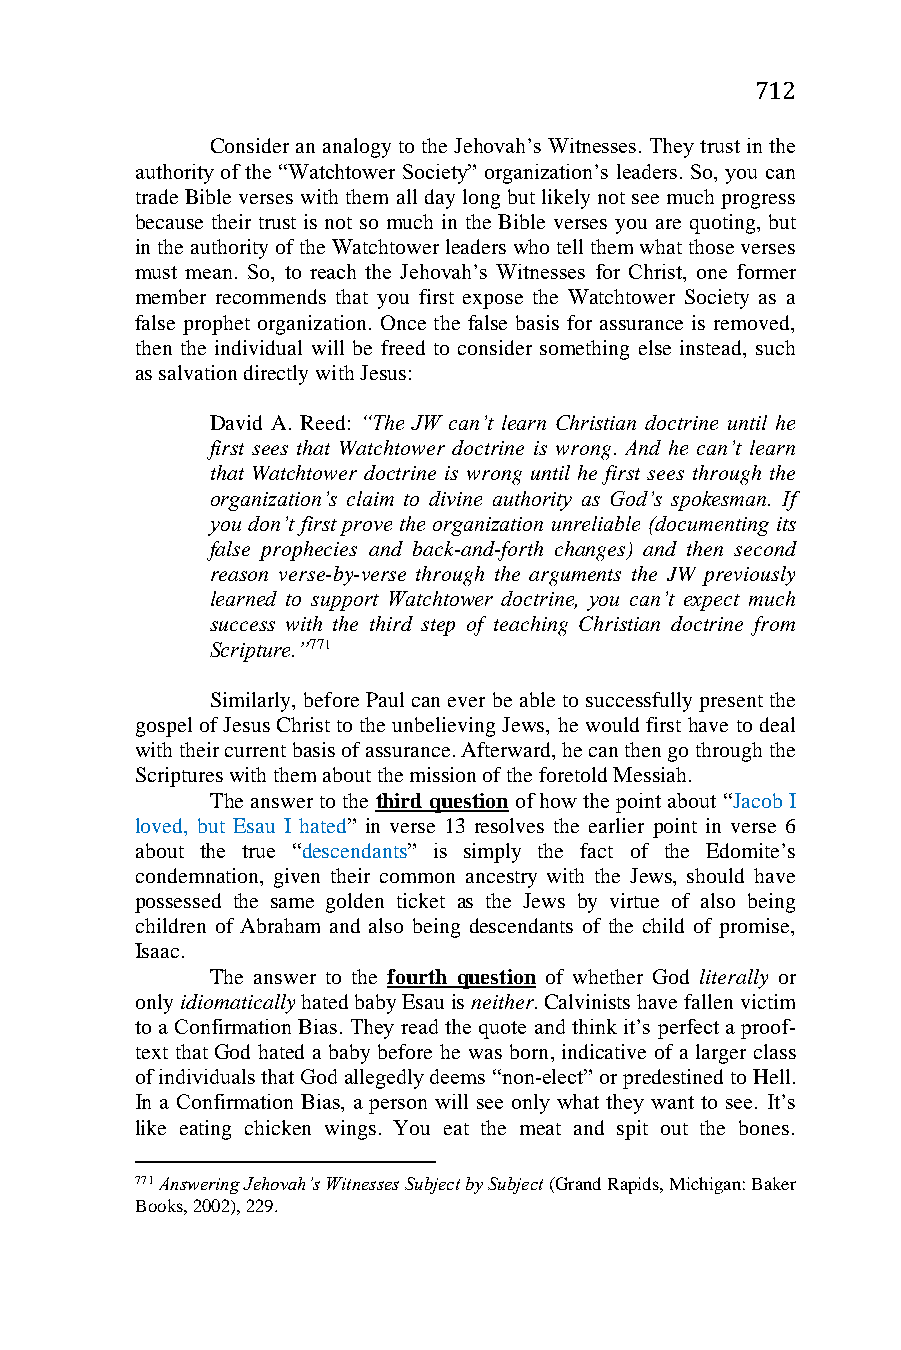
712
 Consider an analogy to the Jehovah’s Witnesses. They trust in the
 authority of the “Watchtower Society” organization’s leaders. So, you can
 trade Bible verses with them all day long but likely not see much progress
 because their trust is not so much in the Bible verses you are quoting, but
 in the authority of the Watchtower leaders who tell them what those verses
 must mean. So, to reach the Jehovah’s Witnesses for Christ, one former
 member recommends that you first expose the Watchtower Society as a
 false prophet organization. Once the false basis for assurance is removed,
 then the individual will be freed to consider something else instead, such
 as salvation directly with Jesus:
 David A. Reed: “The JW can’t learn Christian doctrine until he
 first sees that Watchtower doctrine is wrong. And he can’t learn
 that Watchtower doctrine is wrong until he first sees through the
 organization’s claim to divine authority as God’s spokesman. If
 you don’t first prove the organization unreliable (documenting its
 false prophecies and back-and-forth changes) and then second
 reason verse-by-verse through the arguments the JW previously
 learned to support Watchtower doctrine, you can’t expect much
 success with the third step of teaching Christian doctrine from
 Scripture.”771
 Similarly, before Paul can ever be able to successfully present the
 gospel of Jesus Christ to the unbelieving Jews, he would first have to deal
 with their current basis of assurance. Afterward, he can then go through the
 Scriptures with them about the mission of the foretold Messiah.
 The answer to the third question of how the point about “Jacob I
 loved, but Esau I hated” in verse 13 resolves the earlier point in verse 6
 about the true “descendants” is simply the fact of the Edomite’s
 condemnation, given their common ancestry with the Jews, should have
 possessed the same golden ticket as the Jews by virtue of also being
 children of Abraham and also being descendants of the child of promise,
 Isaac.
 The answer to the fourth question of whether God literally or
 only idiomatically hated baby Esau is neither. Calvinists have fallen victim
 to a Confirmation Bias. They read the quote and think it’s perfect a proof-
 text that God hated a baby before he was born, indicative of a larger class
 of individuals that God allegedly deems “non-elect” or predestined to Hell.
 In a Confirmation Bias, a person will see only what they want to see. It’s
 like eating chicken wings. You eat the meat and spit out the bones.
 771 Answering Jehovah’s Witnesses Subject by Subject (Grand Rapids, Michigan: Baker
 Books, 2002), 229.